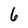
Character: 6